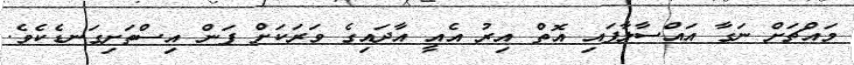
މައްޗަށް ނަގާ އައްސާލާފައި އޮތް އިރު އެއީ އާދައިގެ ވަރަކަށް ފަން އިސްތަށިގަނޑެކެވެ.